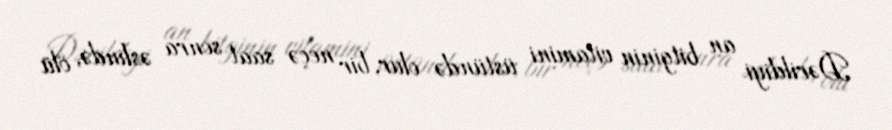
Dərildiyi an bitginin vitamini üstündə olur, bir neçə saat sonra əslində, ölü